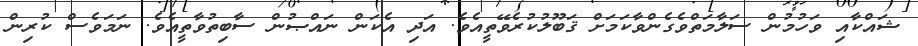
ޝައްކާއި ވަހުމުން ސަލާމަތްވެގެންވާކަމަށް ޤަބޫލުކުރެވޭތީއެވެ. އަދި އެކަން ނައްޞުން ސާބިތުވާތީއެވެ. ނަމަވެސް ކުރިން